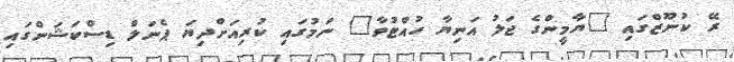
ރޭ ކުނޫޒްގައި "ޔާމީންގެ ޖަލު އަނިޔާ ހުއްޓުވާ" ނަމުގައި ކުރިއަށްދިޔަ ޕެނަލް ޑިސްކަޝަންގައި